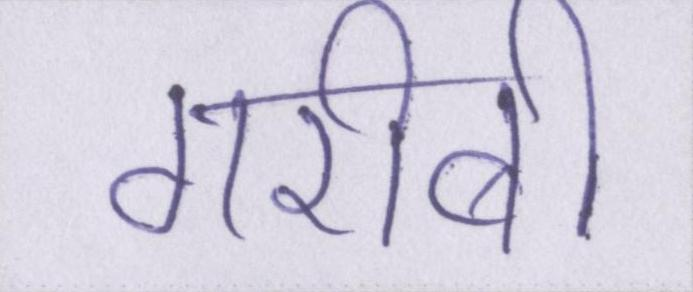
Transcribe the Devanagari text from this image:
गरीबी